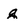
Character: g